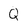
Character: Q